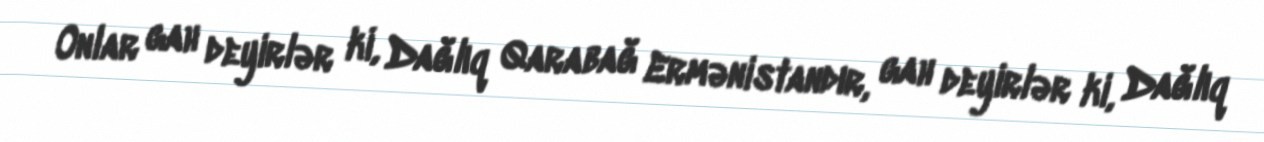
Onlar gah deyirlər ki, Dağlıq Qarabağ Ermənistandır, gah deyirlər ki, Dağlıq